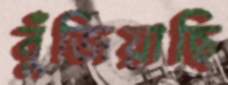
বুঁজিয়াছি